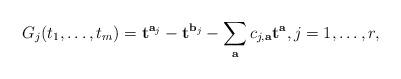
LaTeX: \begin{align*}G_j(t_1,\ldots,t_m)={\bf t}^{{\bf a}_j}-{\bf t}^{{\bf b}_j}-\sum_{{\bf a}}c_{j, {\bf a}}{\bf t}^{{\bf a}}, j=1,\ldots, r,\end{align*}